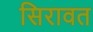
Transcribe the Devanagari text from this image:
सिरावत